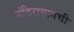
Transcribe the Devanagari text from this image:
मंदिरामागची